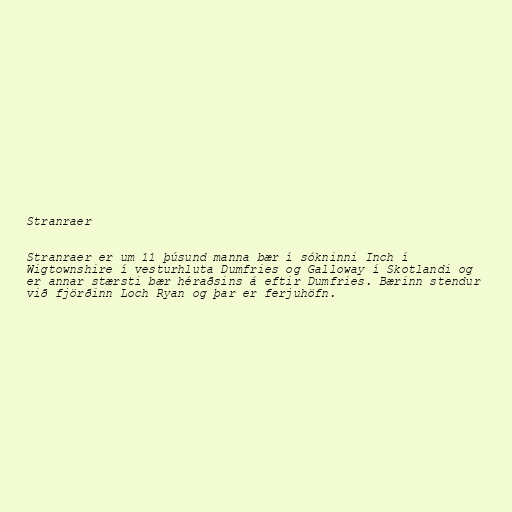
Stranraer

Stranraer er um 11 þúsund manna bær í sókninni Inch í
Wigtownshire í vesturhluta Dumfries og Galloway í Skotlandi og
er annar stærsti bær héraðsins á eftir Dumfries. Bærinn stendur
við fjörðinn Loch Ryan og þar er ferjuhöfn.